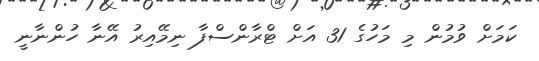
ކަމަށް ވުމުން މި މަހުގެ 31 އަށް ޓްރާންސްފާ ނިމޭއިރު އޭނާ ހުންނާނީ